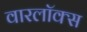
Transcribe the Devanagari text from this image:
वारलॉक्स